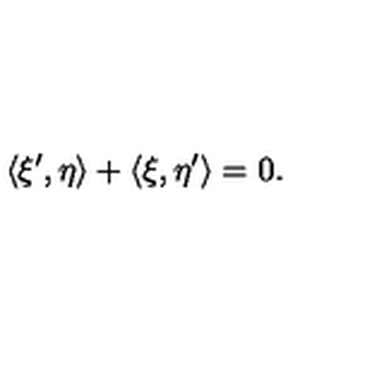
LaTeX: \langle \xi ^ { \prime } , \eta \rangle + \langle \xi , \eta ^ { \prime } \rangle = 0 .